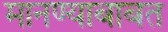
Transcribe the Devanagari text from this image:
मानण्याबाबत